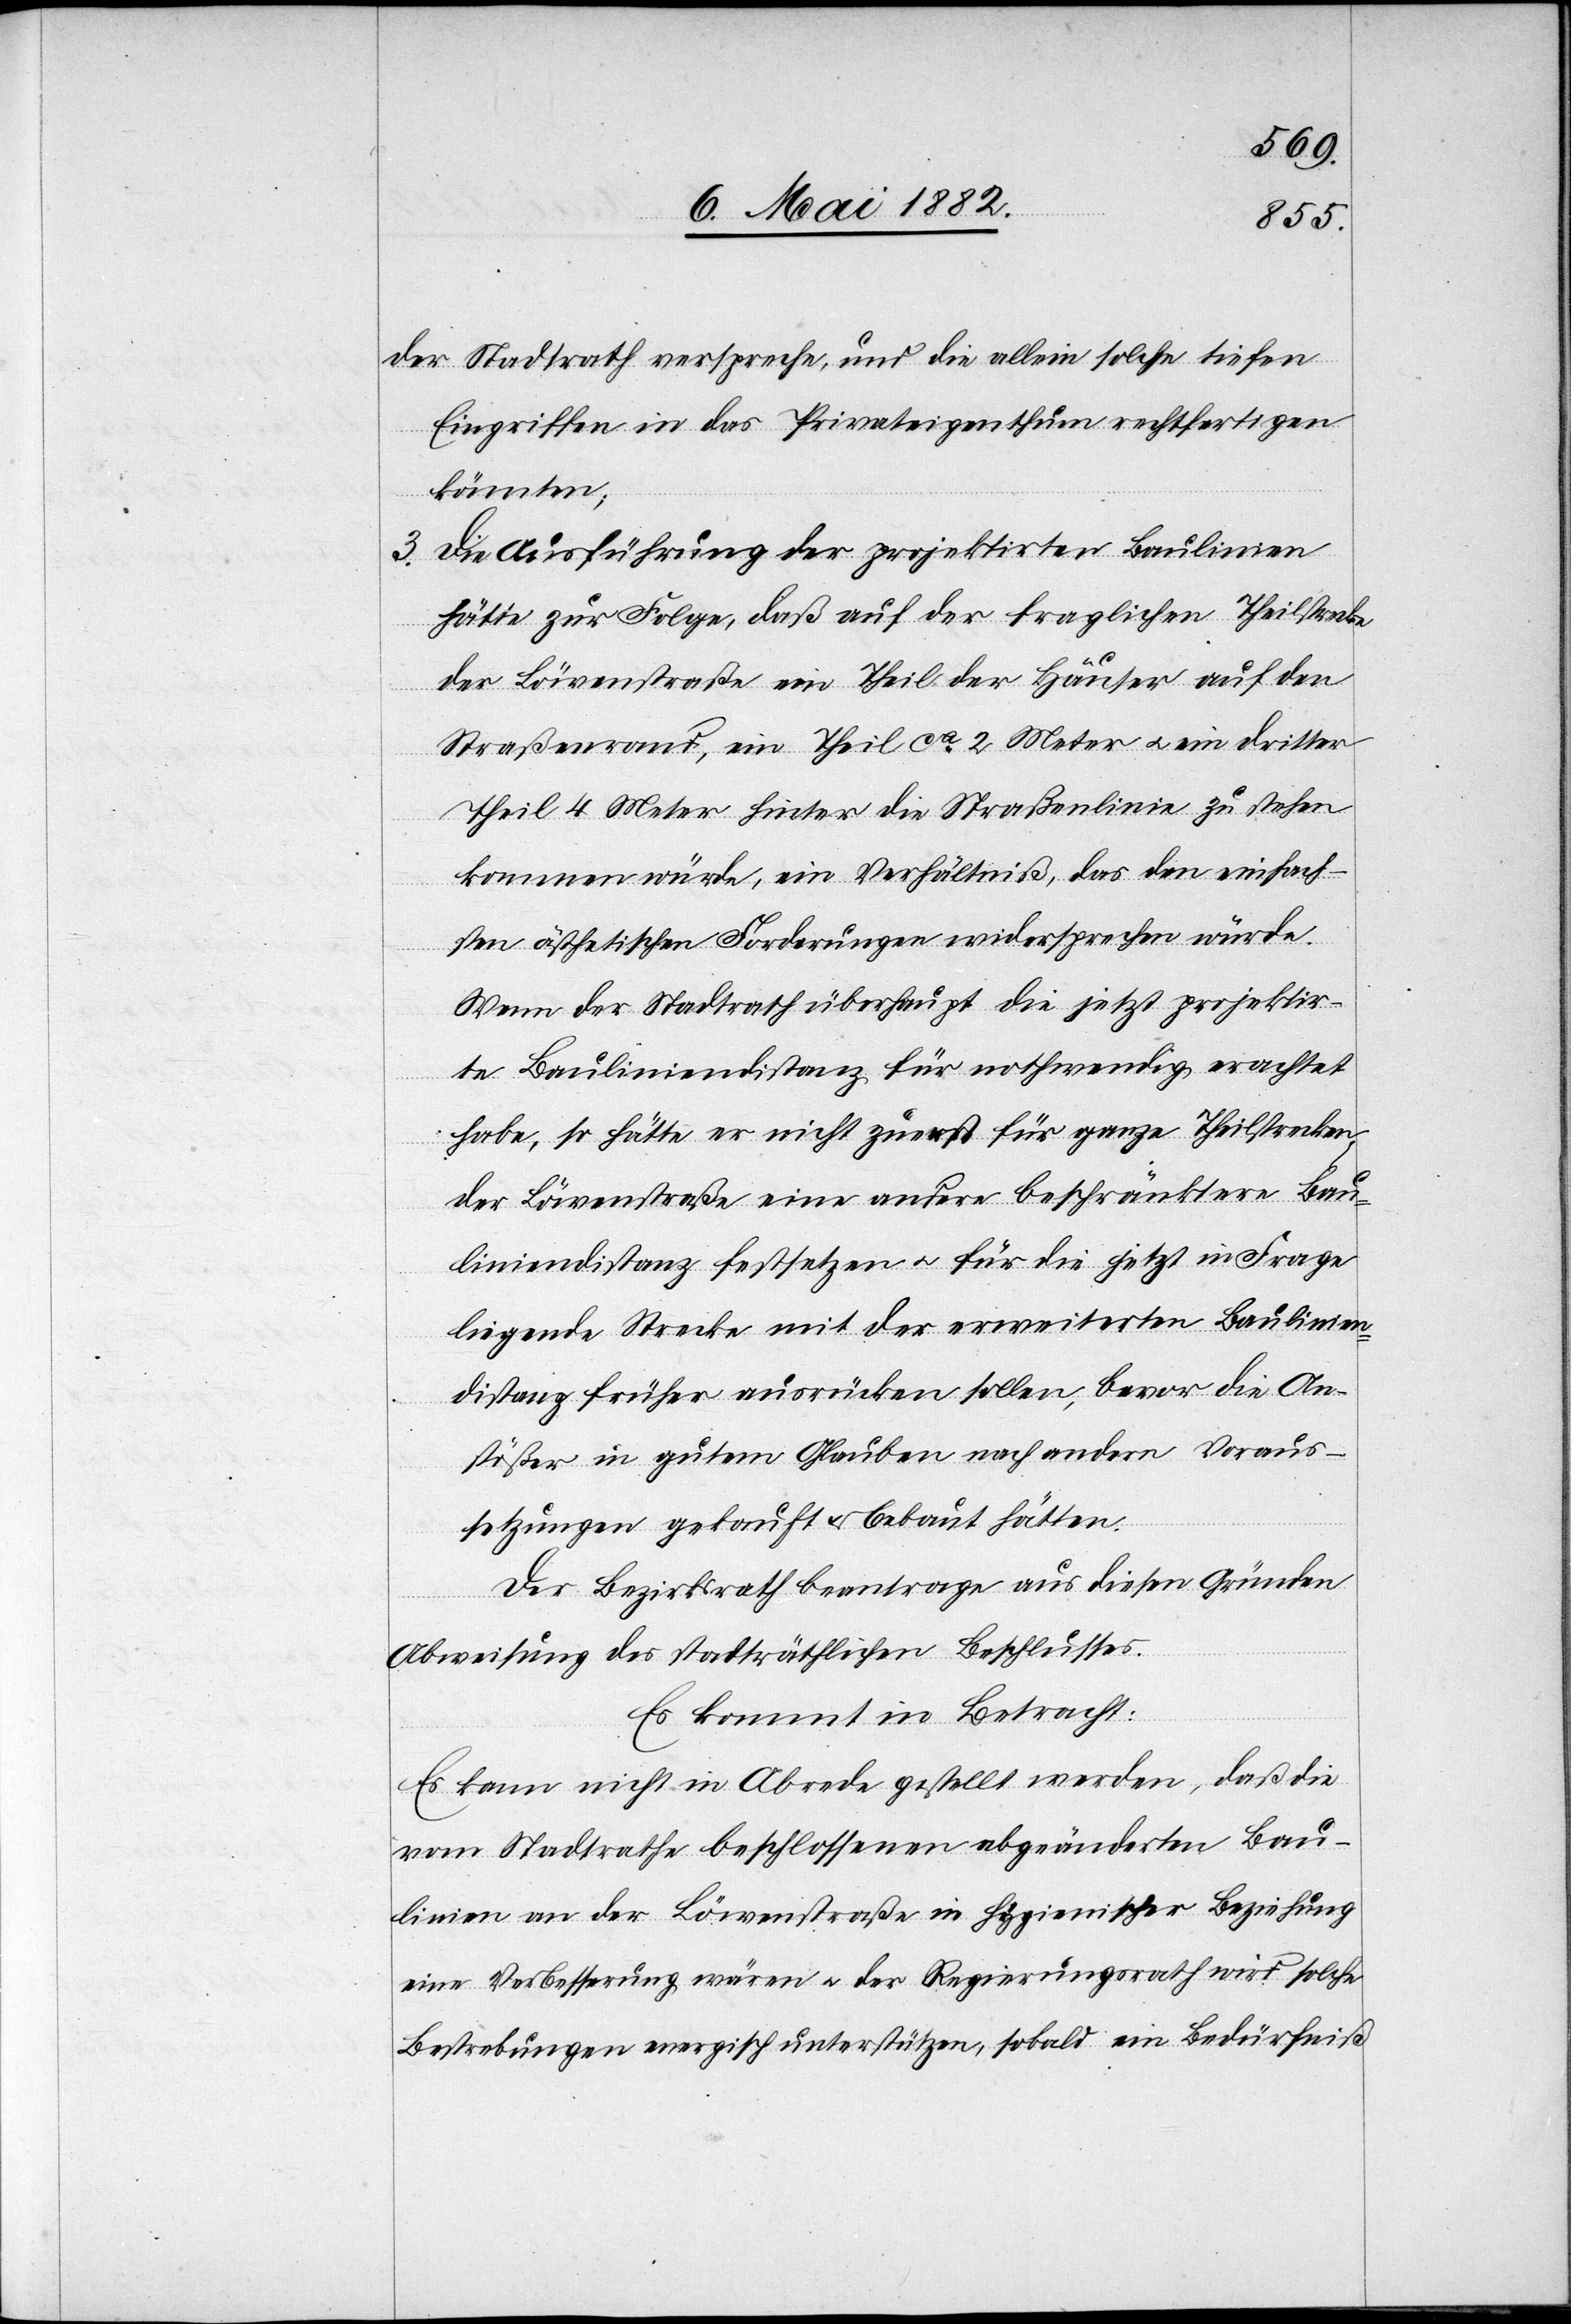
der Stadtrath verspreche, und die allein solche tiefen
Eingriffe in das Privateigenthum rechtfertigen
könnten;
3. Die Ausführung der projektirten Baulinien
hätte zur Folge, daß auf der fraglichen Theilstrecke
der Löwenstraße ein Theil der Häuser auf den
Straßenrand, ein Theil ca 2 Meter u. ein dritter
Theil 4 Meter hinter der Straßenlinie zu stehen
kommen würde, ein Verhältniß, das den einfach¬
sten ästhetischen Forderungen widersprechen würde.
Wenn der Stadtrath überhaupt die jetzt projektir¬
te Bauliniendistanz für nothwendig erachtet
habe, so hätte er nicht zuerst für ganze Theilstrecken
der Löwenstraße eine andere beschränktere Bau¬
liniendistanz festsetzen u. für die jetzt in Frage
liegende Strecke mit der erweiterten Baulinien¬
distanz früher ausrücken sollen, bevor die An¬
stößer in gutem Glauben nach andern Voraus¬
setzungen gekauft & bebaut hätten.
Der Bezirksrath beantrage aus diesen Gründen
Abweisung des stadträthlichen Beschlusses.
Es kommt in Betracht:
Es kann nicht in Abrede gestellt werden, daß die
vom Stadtrathe beschlossenen abgeänderten Bau¬
linien an der Löwenstraße in hygienischer Beziehung
eine Verbesserung wären u. der Regierungsrath wird solche
Bestrebungen energisch unterstützen, sobald ein Bedürfniß